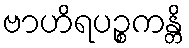
ဗာဟိရပဉ္စကန္တိ